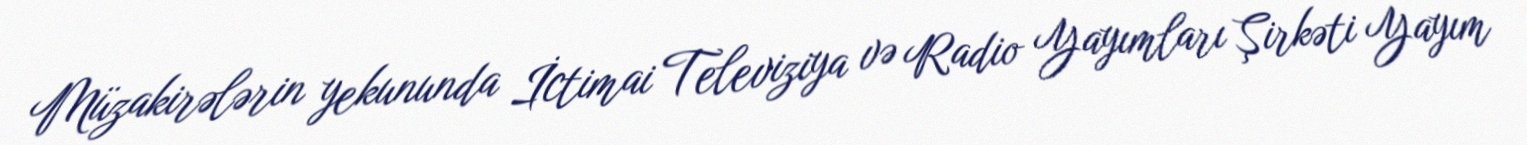
Müzakirələrin yekununda İctimai Televiziya və Radio Yayımları Şirkəti Yayım